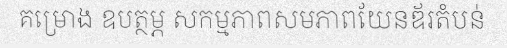
គម្រោង ឧបត្ថម្ភ សកម្មភាពសមភាពយែនឌ័រតំបន់